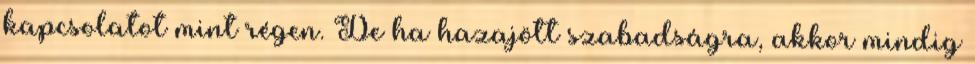
kapcsolatot mint régen. De ha hazajött szabadságra, akkor mindig